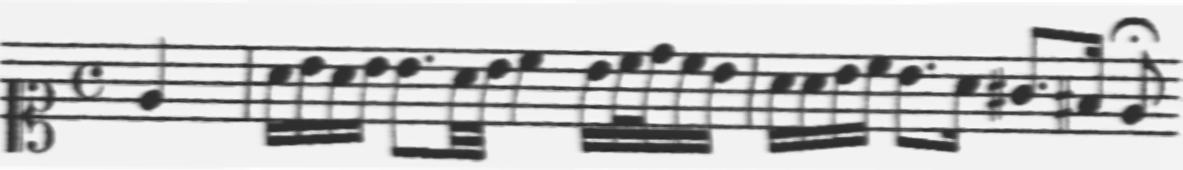
Transcription: clef-C1 timeSignature-C note-E4_quarter barline note-A4_sixteenth note-B4_sixteenth note-A4_sixteenth note-B4_sixteenth note-B4_eighth. note-A4_thirty_second note-B4_thirty_second note-C5_quarter note-B4_sixteenth note-C5_thirty_second note-D5_thirty_second note-C5_sixteenth note-B4_sixteenth barline note-A4_sixteenth note-A4_sixteenth note-B4_sixteenth note-C5_sixteenth note-B4_eighth. note-A4_sixteenth note-G#4_eighth. note-F#4_sixteenth note-E4_eighth_fermata